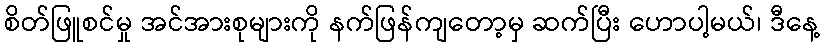
စိတ်ဖြူစင်မှု အင်အားစုများကို နက်ဖြန်ကျတော့မှ ဆက်ပြီး ဟောပါ့မယ်၊ ဒီနေ့